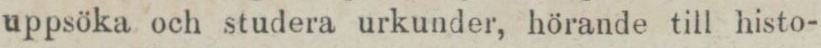
uppsöka och studera urkunder, hörande till histo-